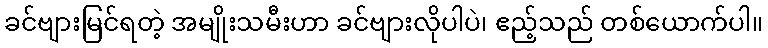
ခင်ဗျားမြင်ရတဲ့ အမျိုးသမီးဟာ ခင်ဗျားလိုပါပဲ၊ ဧည့်သည် တစ်ယောက်ပါ။